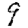
Digit: 9